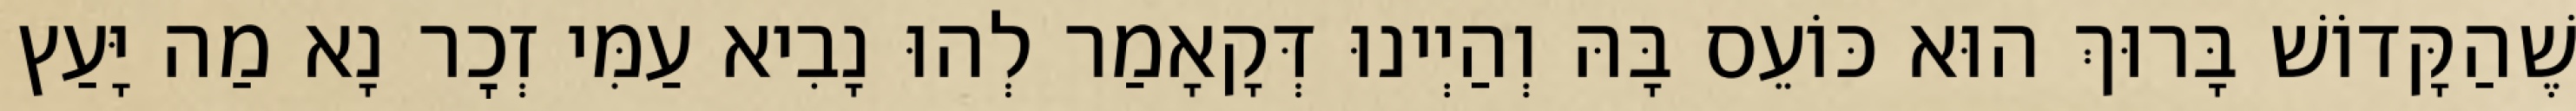
שֶׁהַקָּדוֹשׁ בָּרוּךְ הוּא כּוֹעֵס בָּהּ וְהַיְינוּ דְּקָאָמַר לְהוּ נָבִיא עַמִּי זְכׇר נָא מַה יָּעַץ